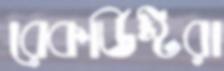
রেকর্ডিস্টরা